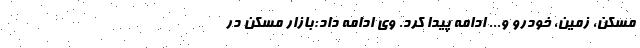
مسکن، زمین، خودرو و... ادامه پیدا کرد. وی ادامه داد:بازار مسکن در